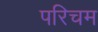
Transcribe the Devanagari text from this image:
परिचम